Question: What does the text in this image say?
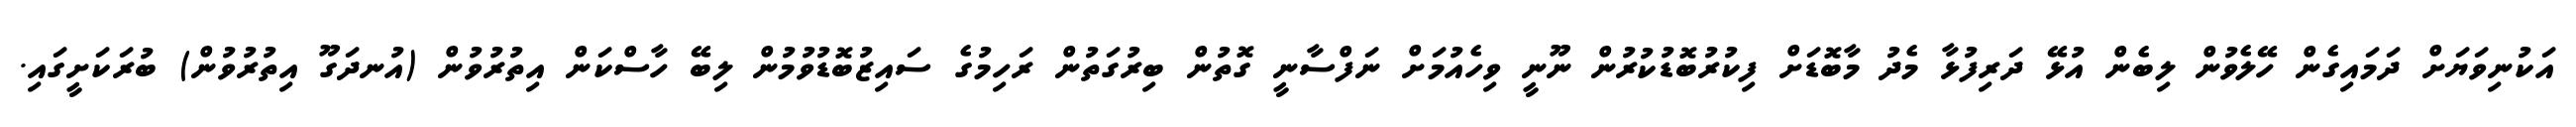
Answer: އަކުނިވަޔަށް ދަމައިގެން ހޭލެވުން ލިބެން އުޅޭ ދަރިފުޅާ މެދު މާބޮޑަށް ފިކުރުބޮޑުކުރުން ނޫނީ ވިހެއުމަށް ނަފްސާނީ ގޮތުން ބިރުގަތުން ރަހިމުގެ ސައިޒުބޮޑުވުމުން ލިބޭ ހާސްކަން އިތުރުވުން (އުނދަގޫ އިތުރުވުން) ބުރަކަށީގައި.